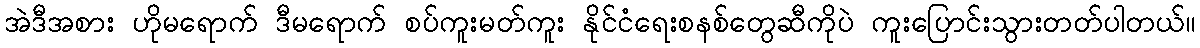
အဲဒီအစား ဟိုမရောက် ဒီမရောက် စပ်ကူးမတ်ကူး နိုင်ငံရေးစနစ်တွေဆီကိုပဲ ကူးပြောင်းသွားတတ်ပါတယ်။